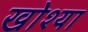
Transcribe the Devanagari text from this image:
खोश्या